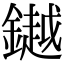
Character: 𨬓